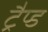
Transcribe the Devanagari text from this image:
ट्रैप्ड